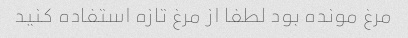
مرغ مونده بود لطفا از مرغ تازه استفاده کنید